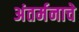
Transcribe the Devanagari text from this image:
अंतर्मनाचे